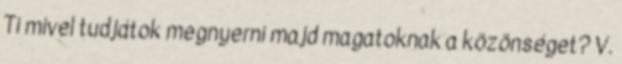
Ti mivel tudjátok megnyerni majd magatoknak a közönséget? V.